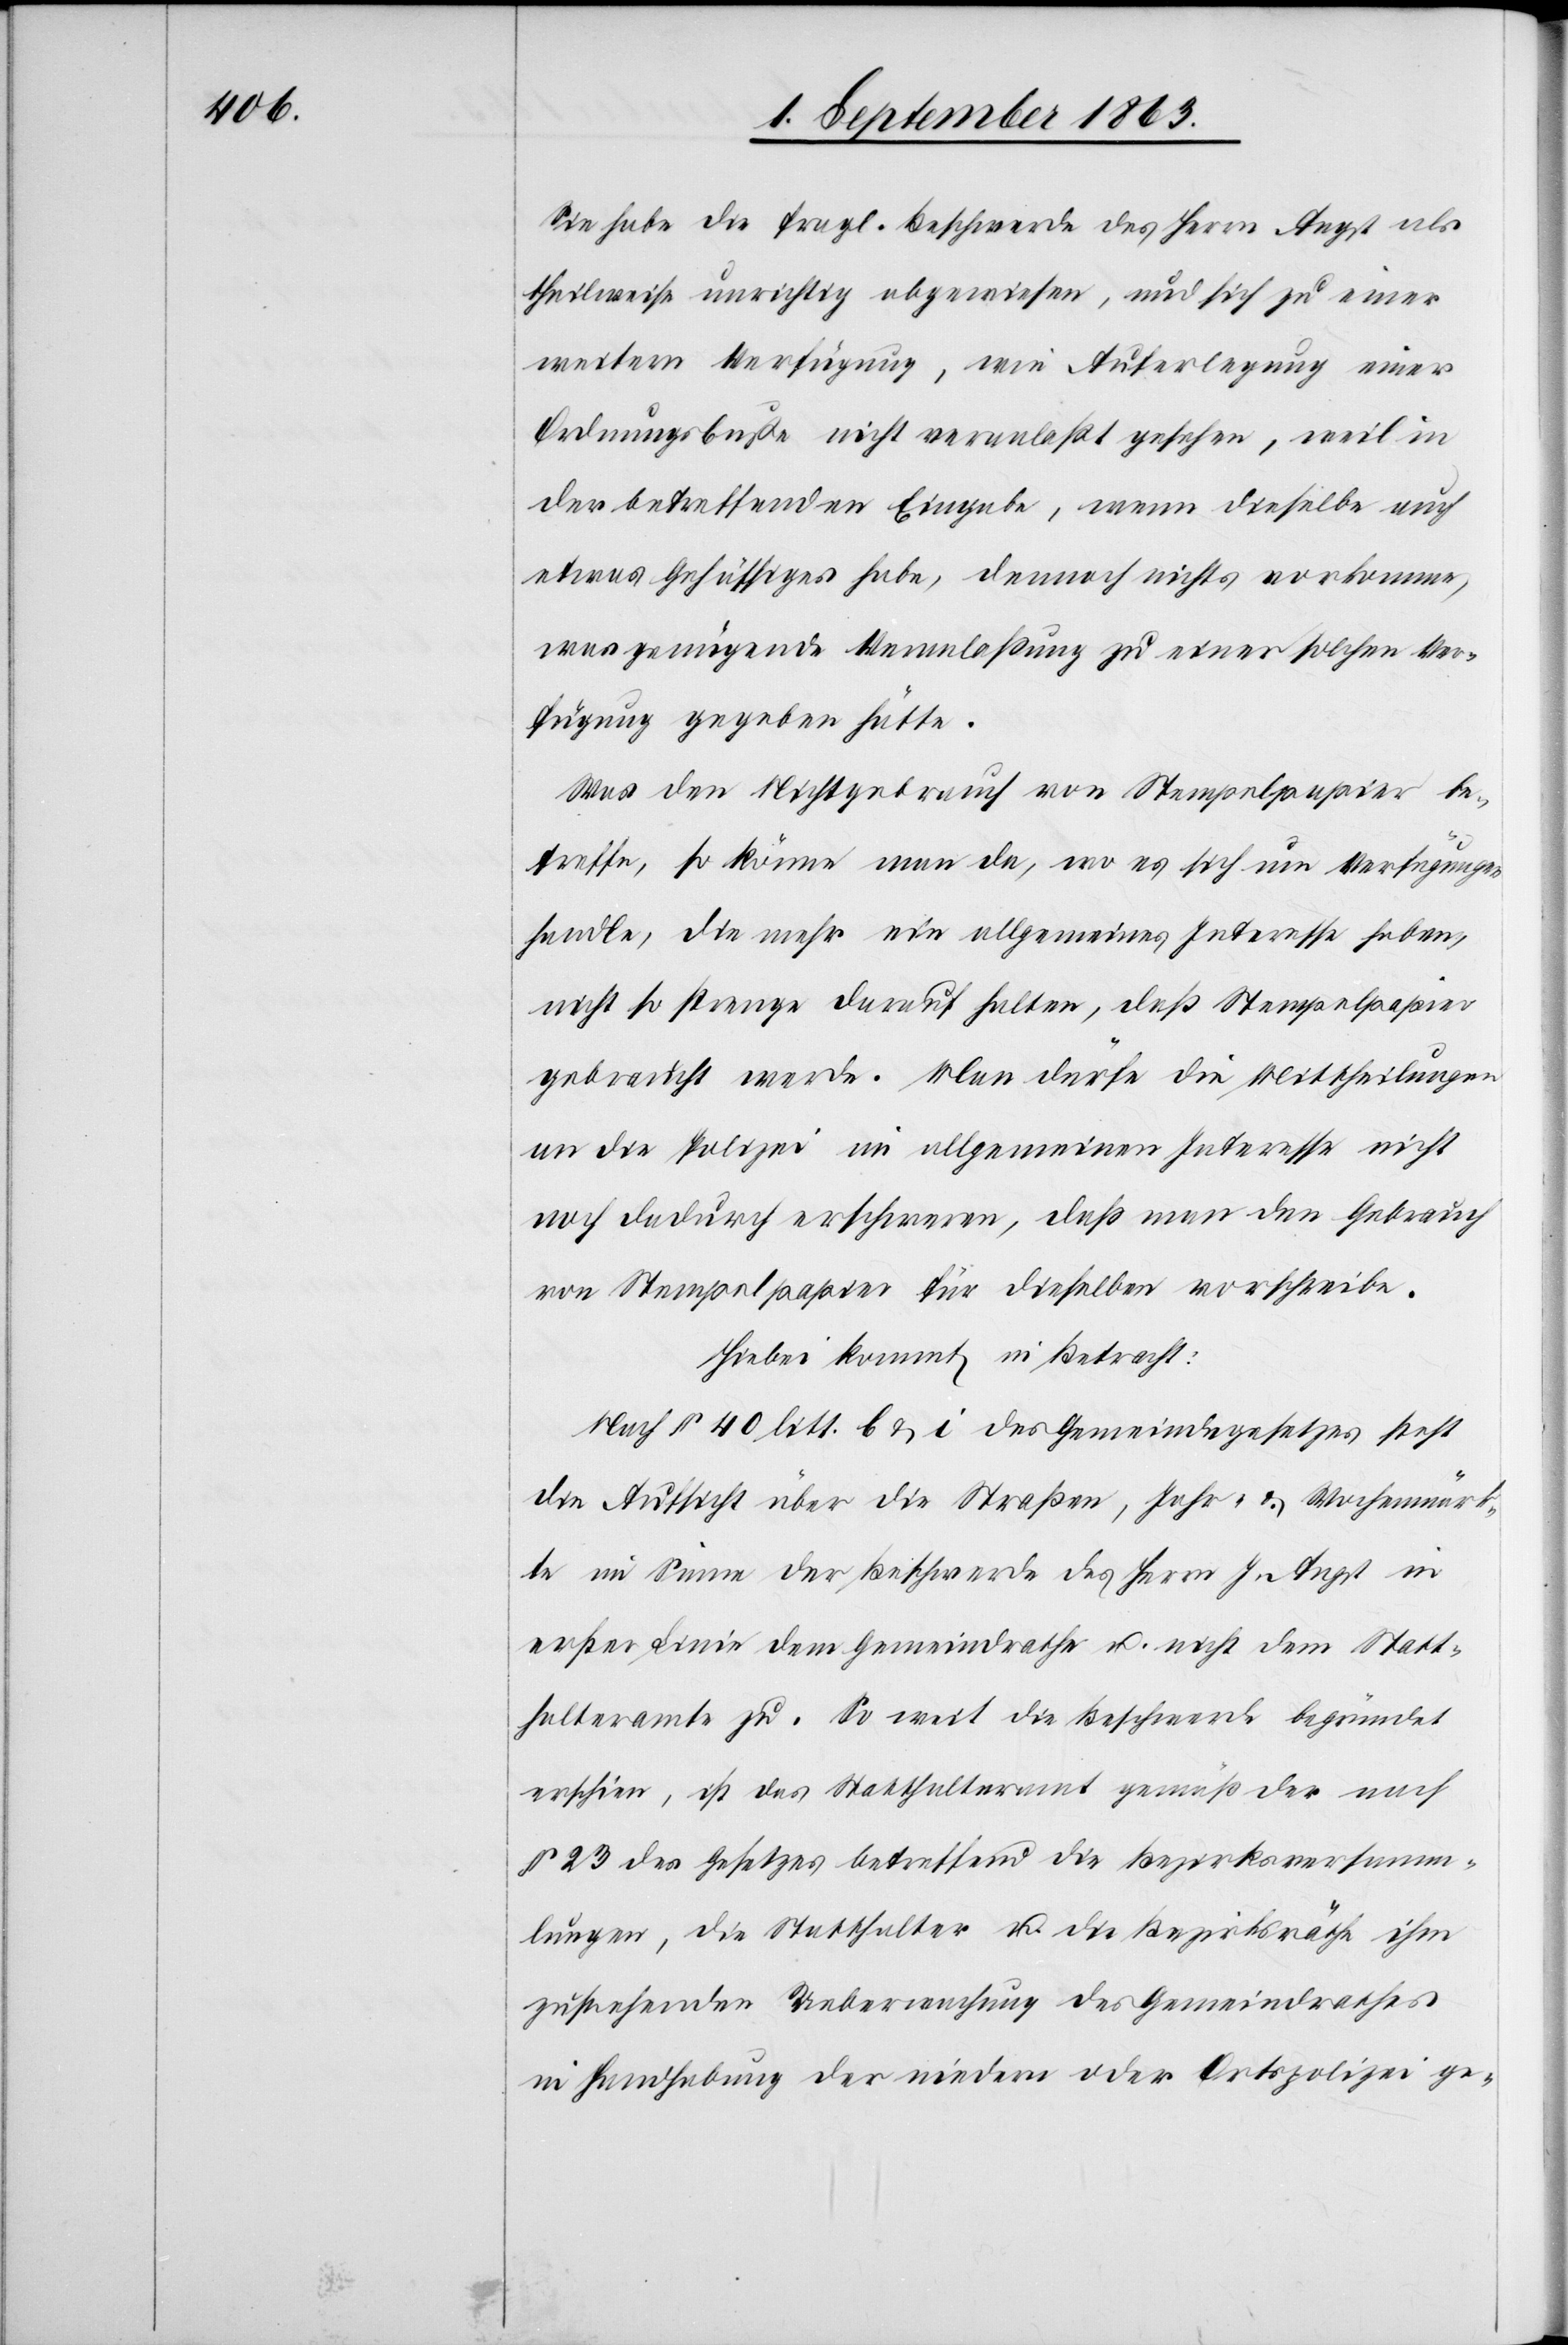
Sie habe die fragl. Beschwerde des Herrn Angst als
theilweise unrichtig abgewiesen, und sich zu einer
weitern Verfügung, wie Auferlegung einer
Ordnungsbuße nicht veranlaßt gesehen, weil in
der betreffenden Eingabe, wenn dieselbe auch
etwas Gehässiges habe, dennoch nichts vorkomme,
was genügende Veranlaßung zu einer solchen Ver¬
fügung gegeben hätte.
Was den Nichtgebrauch von Stempelpapier be¬
treffe, so könne man da, wo es sich um Verfügungen
handle, die mehr ein allgemeines Interesse haben,
nicht so strenge darauf halten, daß Stempelpapier
gebraucht werde. Man dürfe die Mittheilungen
an die Polizei im allgemeinen Interesse nicht
noch dadurch erschweren, daß man den Gebrauch
von Stempelpapier für dieselben vorschreibe.
Hiebei kommt in Betracht:
Nach § 40 litt. b & i des Gemeindegesetzes steht
die Aufsicht über die Straßen[-], Jahr- & Wochenmärk¬
te im Sinne der Beschwerde des Herrn J. Angst in
erster Linie dem Gemeindrathe u. nicht dem Statt¬
halteramte zu. So weit die Beschwerde begründet
erschien, ist das Statthalteramt gemäß der nach
§ 23 des Gesetzes betreffend die Bezirksversamm¬
lungen, die Statthalter u. die Bezirksräthe ihm
zustehenden Ueberwachung des Gemeindrathes
in Handhabung der niedern oder Ortspolizei ge-